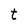
Character: t